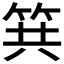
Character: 𥬹